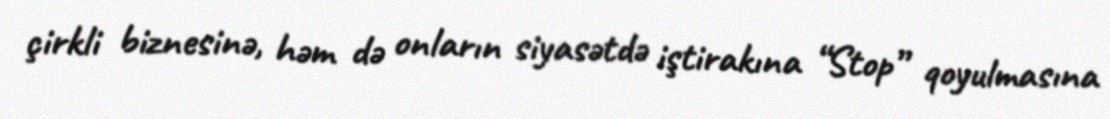
çirkli biznesinə, həm də onların siyasətdə iştirakına “Stop” qoyulmasına